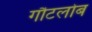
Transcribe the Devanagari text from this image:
गौटलोब